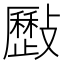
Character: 𣀥